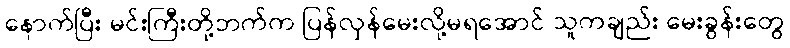
နောက်ပြီး မင်းကြီးတို့ဘက်က ပြန်လှန်မေးလို့မရအောင် သူကချည်း မေးခွန်းတွေ